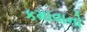
કમાવાનો